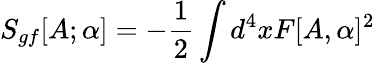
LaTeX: S_{gf}[A;\alpha]=-\frac{1}{2}\int d^{4}xF[A,\alpha]^{2}